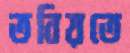
তবিয়তে